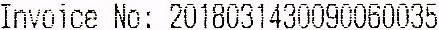
INVOICE NO:2018031430090060035